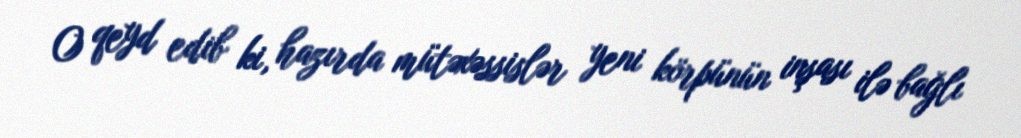
O qeyd edib ki, hazırda mütəxəssislər yeni körpünün inşası ilə bağlı